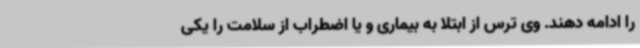
را ادامه دهند. وی ترس از ابتلا به بیماری و یا اضطراب از سلامت را یکی